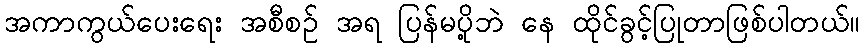
အကာကွယ်ပေးရေး အစီစဉ် အရ ပြန်မပို့ဘဲ နေ ထိုင်ခွင့်ပြုတာဖြစ်ပါတယ်။